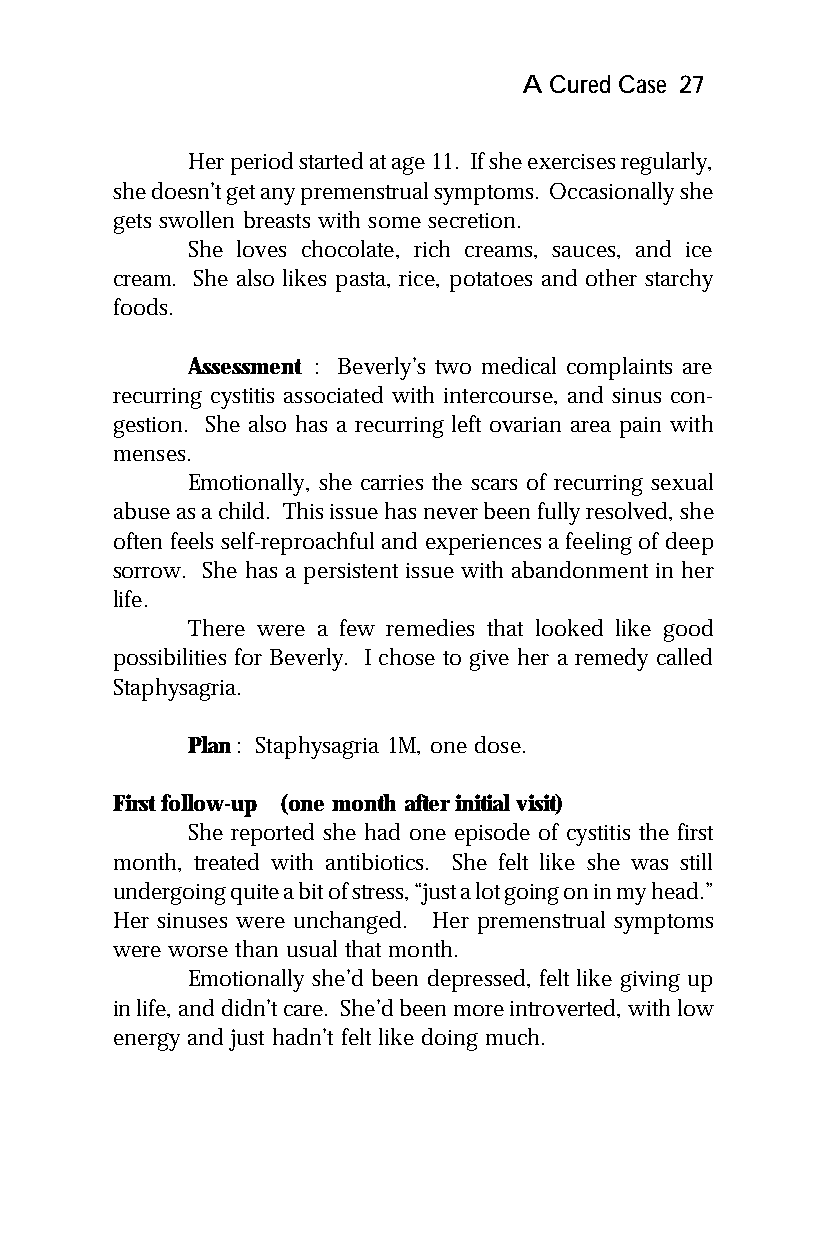
A Cured Case 27
 Her period started at age 11. If she exercises regularly,
 she doesn’t get any premenstrual symptoms. Occasionally she
 gets swollen breasts with some secretion.
 She loves chocolate, rich creams, sauces, and ice
 cream. She also likes pasta, rice, potatoes and other starchy
 foods.
 Assessment : Beverly’s two medical complaints are
 recurring cystitis associated with intercourse, and sinus con-
 gestion. She also has a recurring left ovarian area pain with
 menses.
 Emotionally, she carries the scars of recurring sexual
 abuse as a child. This issue has never been fully resolved, she
 often feels self-reproachful and experiences a feeling of deep
 sorrow. She has a persistent issue with abandonment in her
 life.
 There were a few remedies that looked like good
 possibilities for Beverly. I chose to give her a remedy called
 Staphysagria.
 Plan: Staphysagria 1M, one dose.
 First follow-up (one month after initial visit)
 She reported she had one episode of cystitis the first
 month, treated with antibiotics. She felt like she was still
 undergoing quite a bit of stress, “just a lot going on in my head.”
 Her sinuses were unchanged. Her premenstrual symptoms
 were worse than usual that month.
 Emotionally she’d been depressed, felt like giving up
 in life, and didn’t care. She’d been more introverted, with low
 energy and just hadn’t felt like doing much.